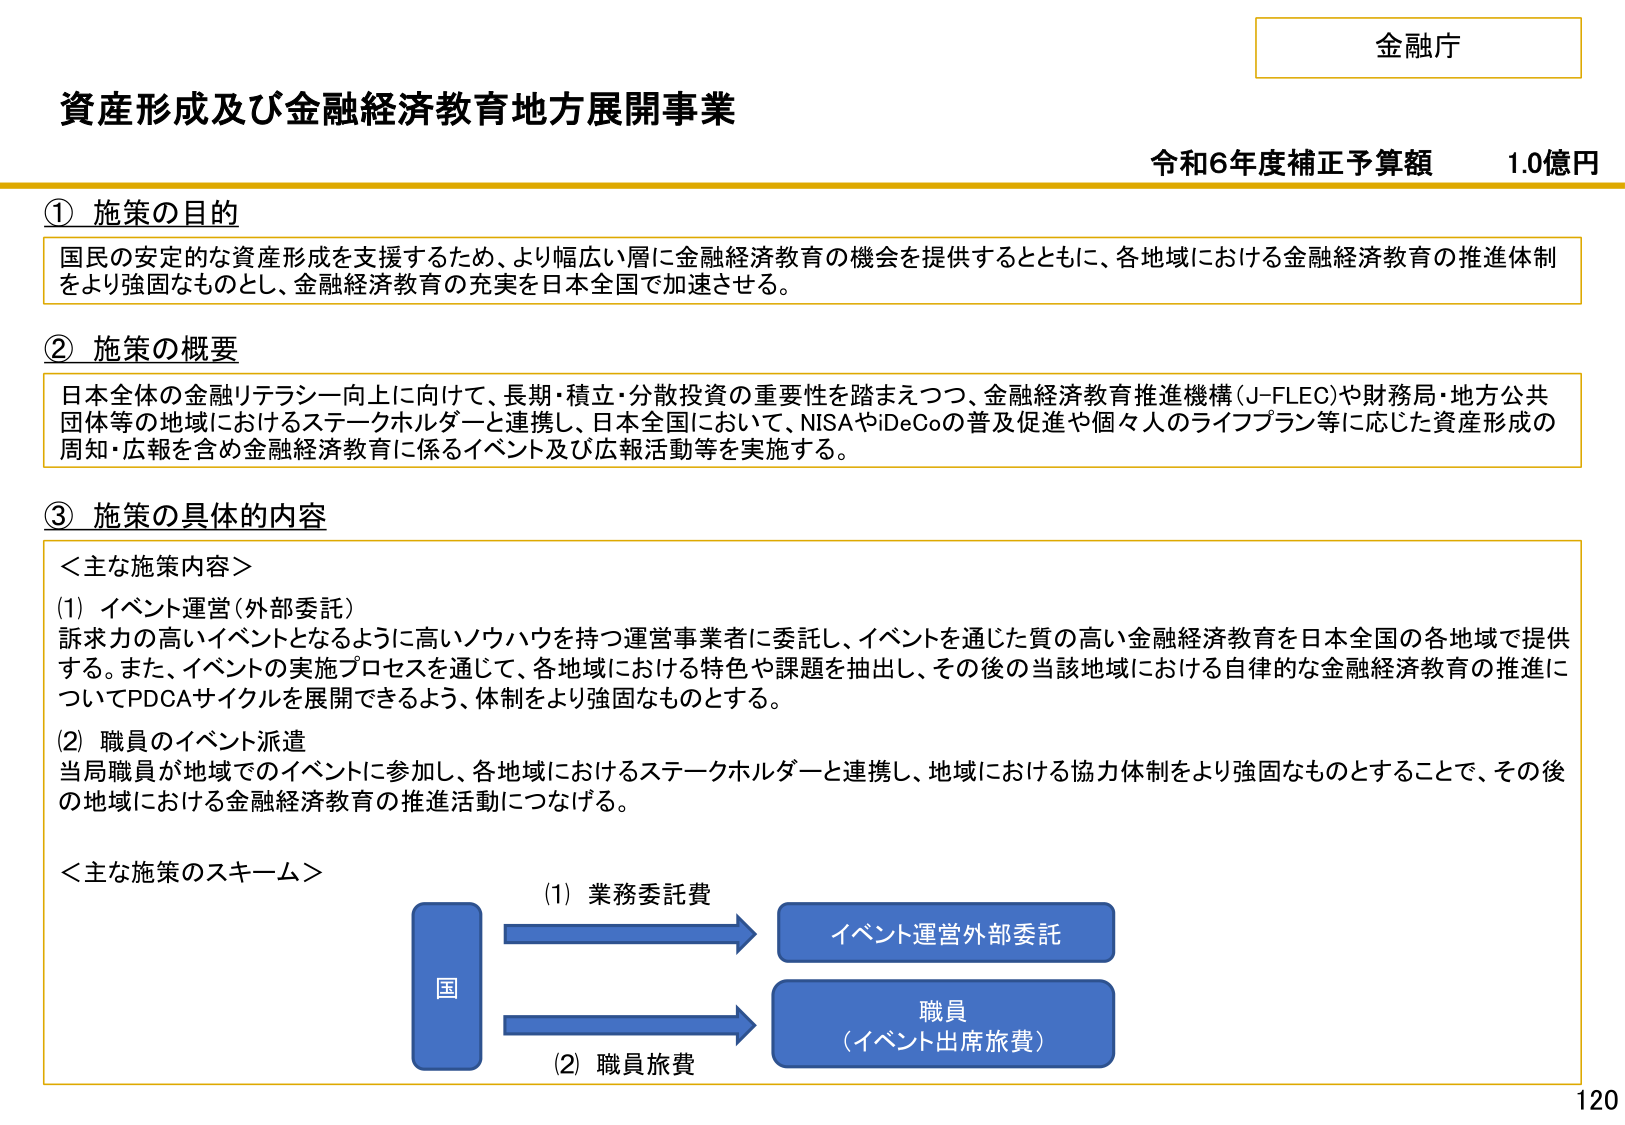
金融庁
資産形成及び金融経済教育地方展開事業
令和6年度補正予算額　1.0億円

① 施策の目的
国民の安定的な資産形成を支援するため、より幅広い層に金融経済教育の機会を提供するとともに、各地域における金融経済教育の推進体制をより強固なものとし、金融経済教育の充実を日本全国で加速させる。

② 施策の概要
日本全体の金融リテラシー向上に向けて、長期・積立・分散投資の重要性を踏まえつつ、金融経済教育推進機構（J-FLEC）や財務局・地方公共団体等の地域におけるステークホルダーと連携し、日本全国において、NISAやiDeCoの普及促進や個々人のライフプラン等に応じた資産形成の周知・広報を含む金融経済教育に係るイベント及び広報活動等を実施する。

③ 施策の具体的な内容
＜主な施策内容＞
(1) イベント運営（外部委託）
訴求力の高いイベントとなるように高いノウハウを持つ運営事業者に委託し、イベントを通じた質の高い金融経済教育を日本全国の各地域で提供する。また、イベントの実施プロセスを通じて、各地域における特色や課題を抽出し、その後の当該地域における自律的な金融経済教育の推進についてPDCAサイクルを展開できるよう、体制をより強固なものとする。
(2) 職員のイベント派遣
当局職員が地域でのイベントに参加し、各地域におけるステークホルダーと連携し、地域における協力体制をより強固なものとすることで、その後の地域における金融経済教育の推進活動につなげる。

＜主な施策のスキーム＞
国
　→ (1) 業務委託費　→ イベント運営外部委託
　→ (2) 職員旅費　→ 職員（イベント出席旅費）

120